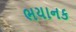
ભયાનક